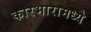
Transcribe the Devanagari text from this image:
कारभारामध्ये